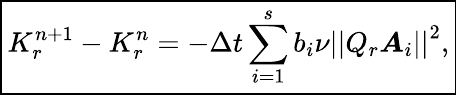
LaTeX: \boxed{K_{r}^{n+1}-K_{r}^{n}=-\Delta t\sum_{i=1}^{s}b_{i}\nu\left|\left|Q_{r}\boldsymbol{A}_{i}\right|\right|^{2},}